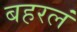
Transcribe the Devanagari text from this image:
बहरलं